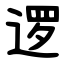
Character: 逻